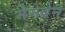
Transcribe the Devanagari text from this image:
मेमेब्रेन